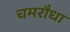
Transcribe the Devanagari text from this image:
चमरौधा